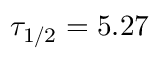
\tau _ { 1 / 2 } = 5 . 2 7